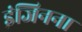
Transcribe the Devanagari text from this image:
इंजिनना